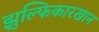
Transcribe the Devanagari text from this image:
झुल्फिकारखान